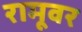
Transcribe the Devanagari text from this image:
रामूवर